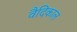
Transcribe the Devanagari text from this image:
वैदिकाल